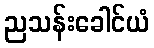
ညသန်းခေါင်ယံ